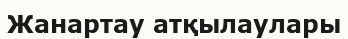
Жанартау атқылаулары